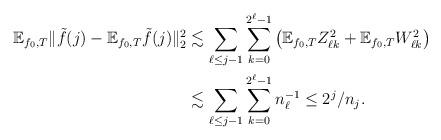
LaTeX: \begin{align*}\mathbb{E}_{f_0,T}\| \tilde{f}(j)-\mathbb{E}_{f_0,T}\tilde{f}(j)\|_2^2&\lesssim\sum_{\ell\leq j-1}\sum_{k=0}^{2^{\ell}-1} \big( \mathbb{E}_{f_0,T}Z_{\ell k}^2+ \mathbb{E}_{f_0,T}W_{\ell k}^2\big) \\&\lesssim \sum_{\ell\leq j-1}\sum_{k=0}^{2^{\ell}-1} n_\ell^{-1}\leq 2^j/n_j.\end{align*}